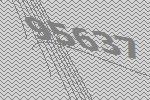
95637